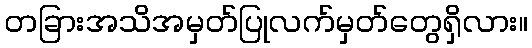
တခြားအသိအမှတ်ပြုလက်မှတ်တွေရှိလား။